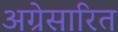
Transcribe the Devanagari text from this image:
अग्रेसारित